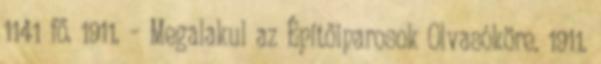
1141 fő. 1911. – Megalakul az Építőiparosok Olvasóköre. 1911.